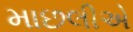
માછલીએ